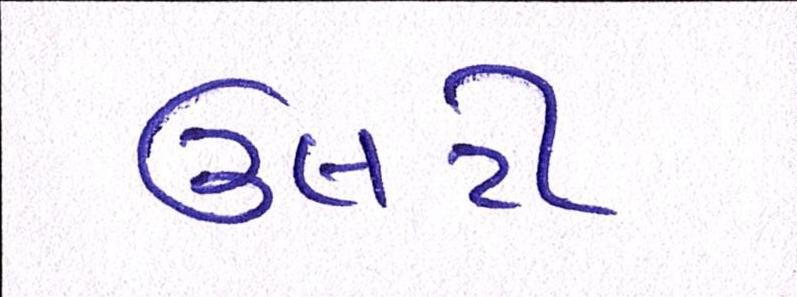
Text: ઉલટી